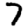
Digit: 7